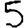
Digit: 5